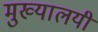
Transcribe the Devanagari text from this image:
मुख्यालयी